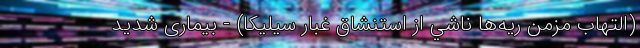
(التهاب‌ مزمن‌ ريه‌ها ناشي‌ از استنشاق‌ غبار سيليكا) - بیماری شدید